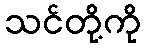
သင်တို့ကို